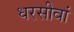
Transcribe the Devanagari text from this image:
धरसीवां